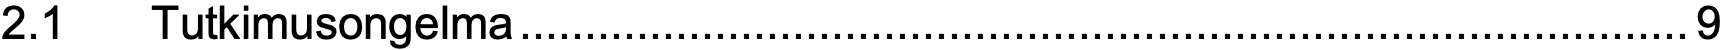
2.1  Tutkimusongelma..........................................................................................9